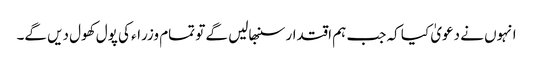
انہوں نے دعویٰ کیا کہ جب ہم اقتدار سنبھالیں گے تو تمام وزراء کی پول کھول دیں گے۔